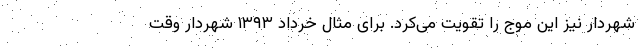
شهردار نیز این موج را تقویت می‌کرد. برای مثال خرداد ۱۳۹۳ شهردار وقت